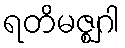
ရတိမဇ္ဈဂါ